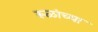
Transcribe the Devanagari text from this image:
रूळांच्या